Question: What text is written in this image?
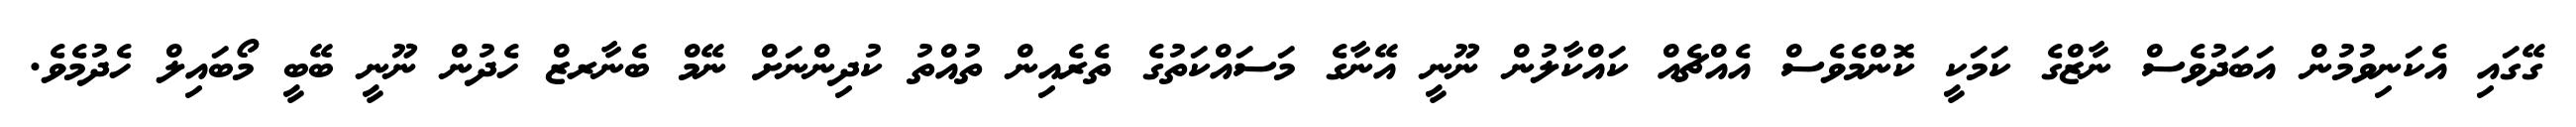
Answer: ގޭގައި އެކަނިވުމުން އަބަދުވެސް ނާޒްގެ ކަމަކީ ކޮންމެވެސް އެއްޗެއް ކައްކާލުން ނޫނީ އޭނާގެ މަސައްކަތުގެ ތެރެއިން ތުއްތު ކުދިންނަށް ނޭމް ބެނާރޒް ހެދުން ނޫނީ ބޭބީ މޯބައިލް ހެދުމެވެ.